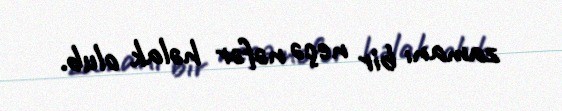
zamanı bir neçə nəfər həlak olub.